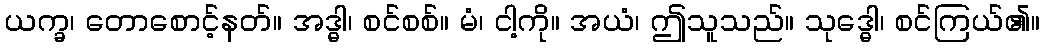
ယက္ခ၊ တောစောင့်နတ်။ အဒ္ဓါ၊ စင်စစ်။ မံ၊ ငါ့ကို။ အယံ၊ ဤသူသည်။ သုဒ္ဓေါ၊ စင်ကြယ်၏။